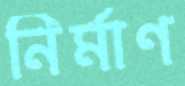
নির্মাণ